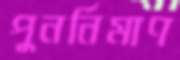
পুনর্নিমাণ